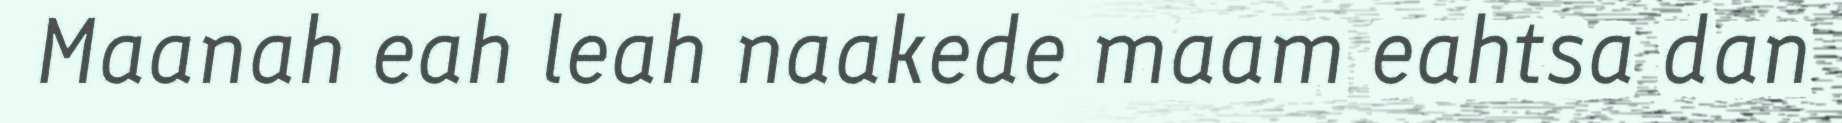
Maanah eah leah naakede maam eahtsa dan